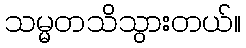
သမ္မတသိသွားတယ်။